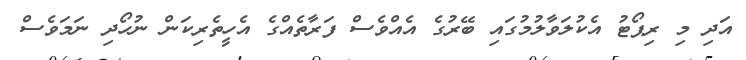
އަދި މި ރިޕޯޓު އެކުލަވާލުމުގައި ބޭރުގެ އެއްވެސް ފަރާތެއްގެ އެހީތެރިކަން ނުހޯދި ނަމަވެސް